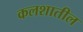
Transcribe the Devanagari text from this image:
कलशातील